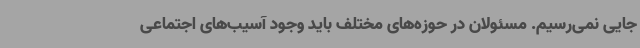
جایی نمی‌رسیم. مسئولان در حوزه‌های مختلف باید وجود آسیب‌های اجتماعی